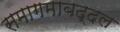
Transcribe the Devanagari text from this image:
समागमाबद्दल